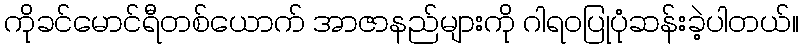
ကိုခင်မောင်ရီတစ်ယောက် အာဇာနည်များကို ဂါရဝပြုပုံဆန်းခဲ့ပါတယ်။